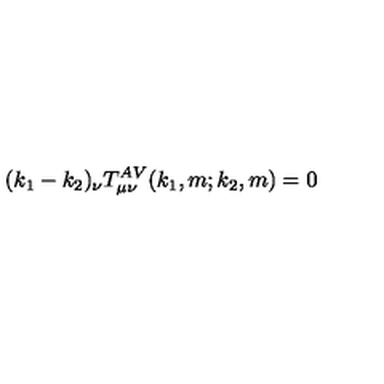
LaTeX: ( k _ { 1 } - k _ { 2 } ) _ { \nu } T _ { \mu \nu } ^ { A V } ( k _ { 1 } , m ; k _ { 2 } , m ) = 0